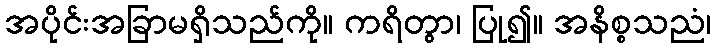
အပိုင်းအခြာမရှိသည်ကို။ ကရိတွာ၊ ပြု၍။ အနိစ္စသညံ၊